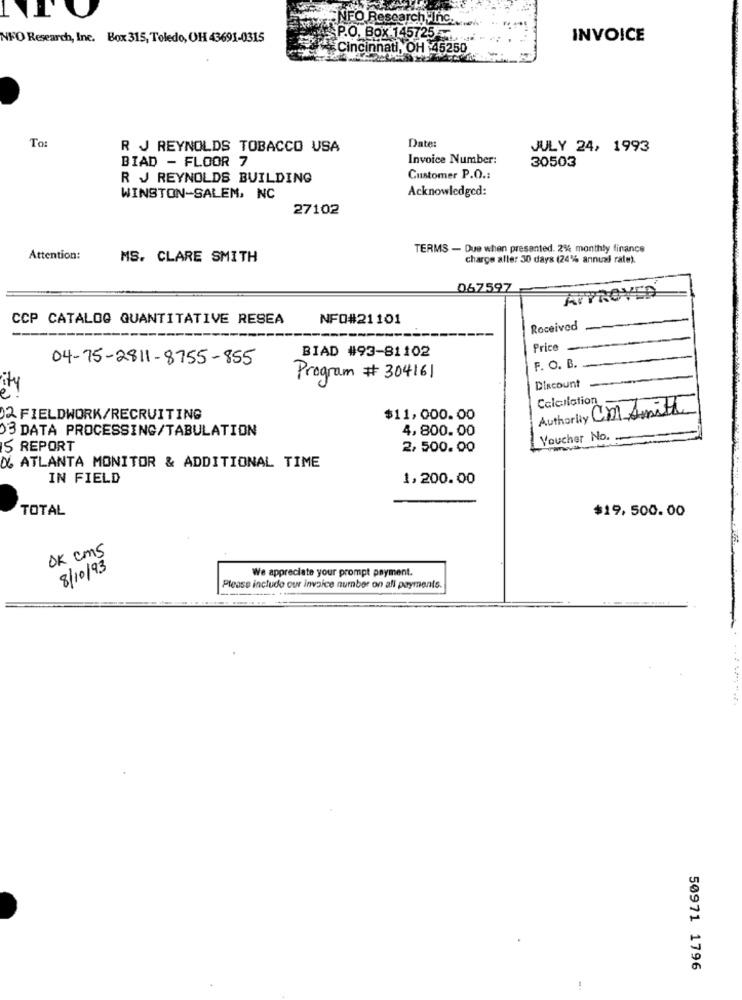
NFO Research,Inc.
NFO Research, Inc. Box 315, Toledo, OH 43691-0315
P.O. Box 145725 x ..
INVOICE
Cincinnati, OH 45250
Date:
R J REYNOLDS TOBACCO USA
JULY 24, 1993
BIAD - FLOOR 7
Invoice Number:
30503
R J REYNOLDS BUILDING
Customer P.O .:
Acknowledged:
WINSTON-SALEM, NC
27102
TERMS - Due when presented. 2% monthly finance
Attention:
MS. CLARE SMITH
charge aller 30 days (24% annual rate).
067597
APPROVED
CCP CATALOG QUANTITATIVE RESEA
NFO#21101
Received
Price -
04-75-2811-8755-855
BIAD #93-81102
F. O. B.
Program # 304161
ity
Discount
Calculation
Authority Cm Smith
02 FIELDWORK/RECRUITING
$11,000.00
3 DATA PROCESSING/TABULATION
4,800.00
Voucher No.
IS REPORT
2,500.00
X. ATLANTA MONITOR & ADDITIONAL TIME
IN FIELD
1,200.00
TOTAL
$19.500.00
OK cms
8/10/93
We appreciate your prompt payment.
Please include our invoice number on all payments.
50971 1796